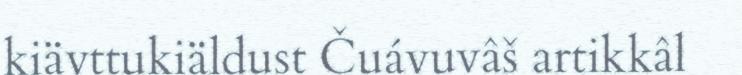
kiävttukiäldust Čuávuvâš artikkâl